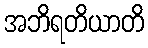
အဘိရတိယာတိ